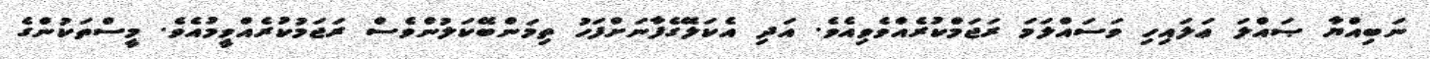
ނަބިއްޔާ ޞައްލަ ޢަލައިހި ވަސައްލަމަ ރަޖަމްކުރެއްވެވިއެވެ. އަދި އެކަލޭގެފާނަށްފަހު ތިމަންބޭކަލުންވެސް ރަޖަމުކުރެއްވީމުއެވެ. މީސްތަކުންގެ